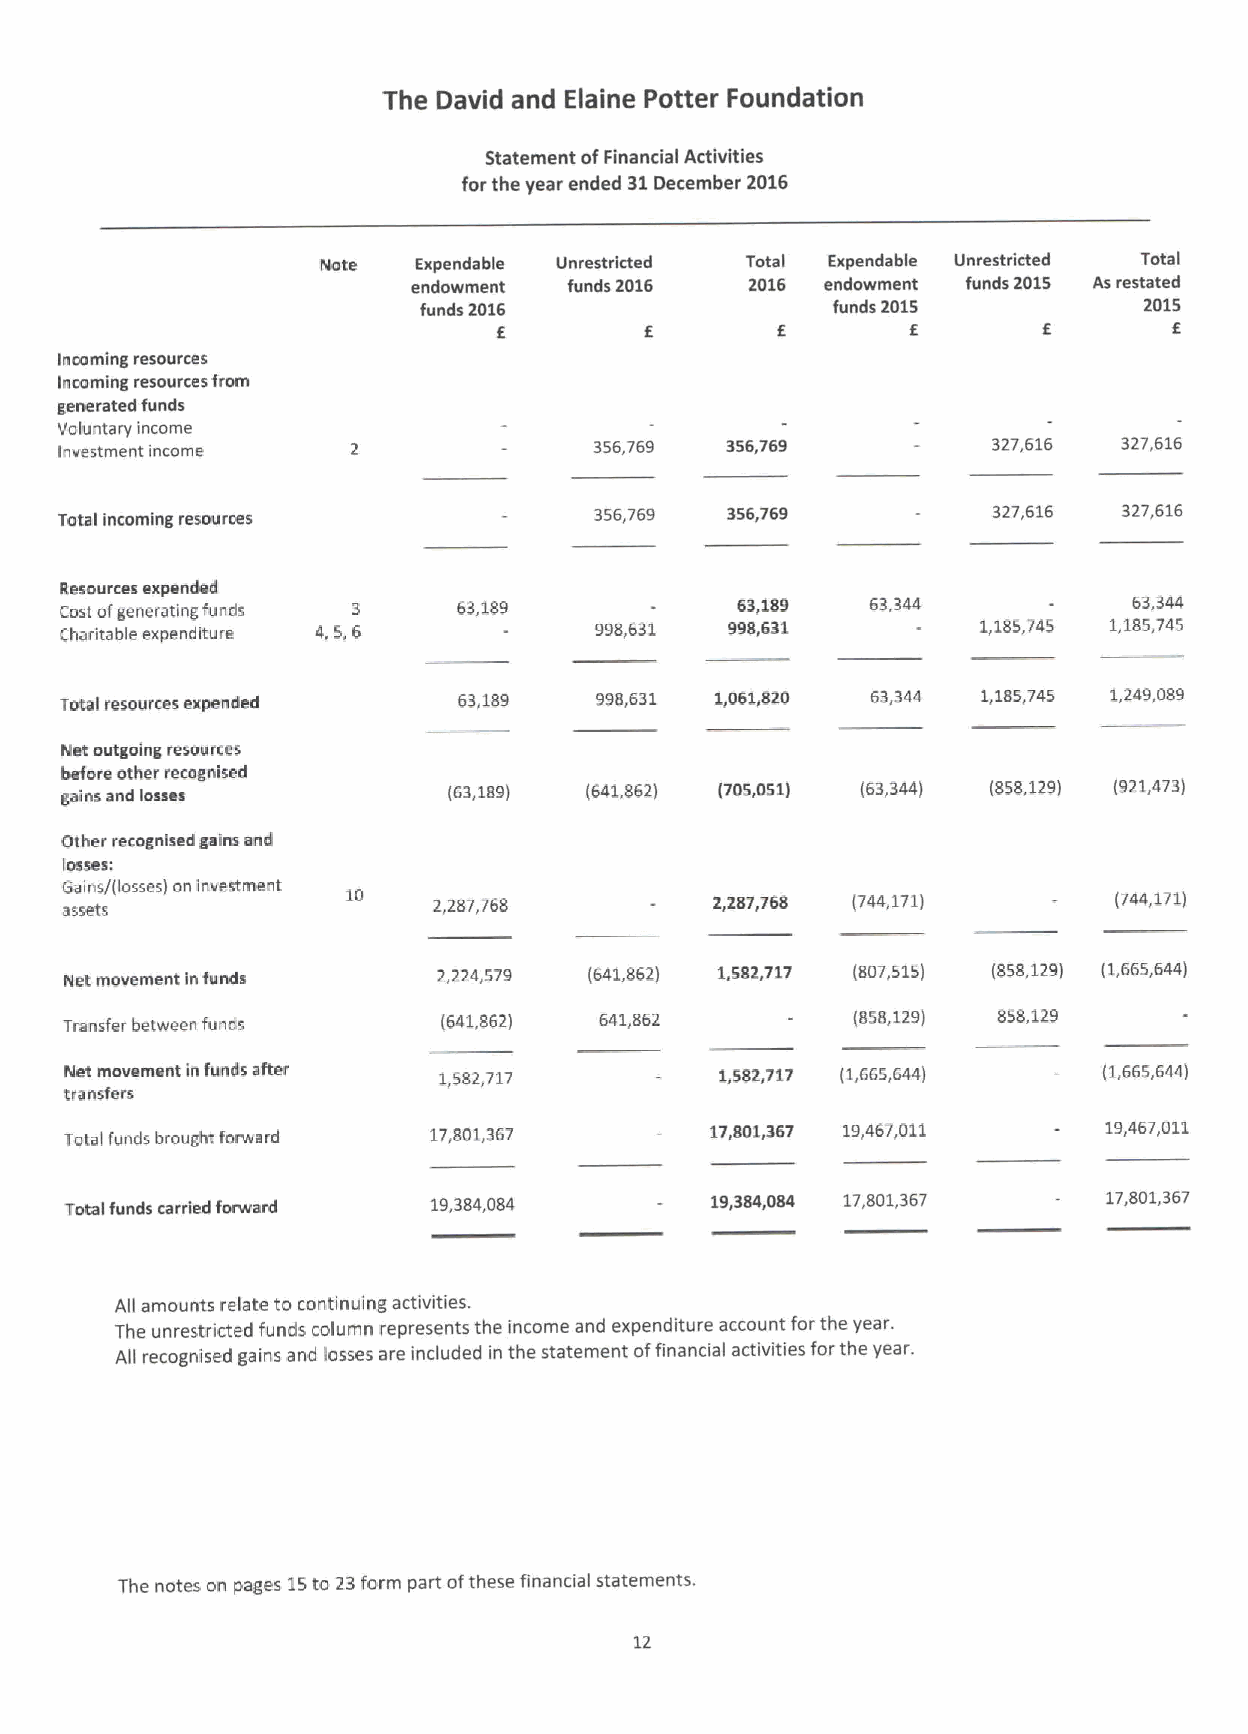
The David and Elaine Potter Foundation
 Statement ofFinancial Activities
 for the year ended 31December 2016
 Nate   Expendable Unrestricted Total Expendable Unrestricted Total
 endowment  funds 2016  2016 endowment funds 2015 Asrestated
 funds 2016                 funds 2015           2015
 k                          6                 6
 Incoming resources
 Incarning resourcesfrom
 generated funds
 Voluntary income
 Investment income                  356,769  356,769           327,616 327,616
 Tata( in«orning resources          356,769  356,769           327,616 327,616
 Resources expended
 Cost ofgenerating funds 3 63,189             63,189   63344            63,344
 Charitable expenditure 4,5,6       998,631  998,631          1,185,745 1,185,745
 Total resources expended  63,189   998,631 1,061,820  63,344 1,185,745 1,249,089
 Net outgoing resources
 before other recagnlsed
 gains and losses          (63,189) (641,862) (705,051) i63,344) (858,129) (921,473)
 Other recognised gains and
 losses:
 G asa si en ts s/(losses) on investment 10 2,287,768 Z,ZS7,768 (744,171) (744,171)
 Net movement infunds     2,224,579 (641,862) 1,582,717 (807,515) (S58,129) (1,665,644)
 Transfer between funds   (641,862)  641,862          (858,129) 858,129
 Net movement in funds after 1,582,717       1,582,717 (1,665,644)    (1,665,644)
 transfers
 Total funds brought forward 17,801,367     17,801,367 19,467,011     19,467,011
 Total funds carried forward 19,384,084     19,384,084 1.7,801,367    17,801,367
 All amounts relate to continuing activities.
 The unrestricted funds column represents the income and expenditure account forthe year.
 All recognised gains and losses are included in the statement offinancial activities forthe year.
 The notes on pages 15to 23form part ofthese financial statements.
 12